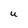
Character: u